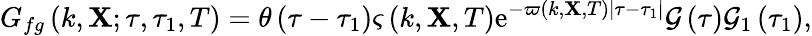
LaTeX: G_{fg}\left(k,\mathbf{X};\tau,\tau_{1},T\right)=\theta\left(\tau-\tau_{1}\right)\varsigma\left(k,\mathbf{X},T\right)\mathrm{e}^{-\varpi\left(k,\mathbf{X},T\right)\left|\tau-\tau_{1}\right|}\mathcal{G}\left(\tau\right)\mathcal{G}_{1}\left(\tau_{1}\right),